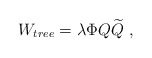
\begin{align*} W_{tree}=\lambda \Phi Q{\widetilde Q}~,\end{align*}